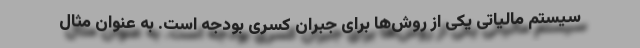
سیستم مالیاتی یکی از روش‌ها برای جبران کسری بودجه است. به عنوان مثال